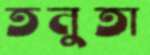
তনুতা